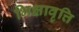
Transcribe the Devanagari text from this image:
भिक्षावृत्ति